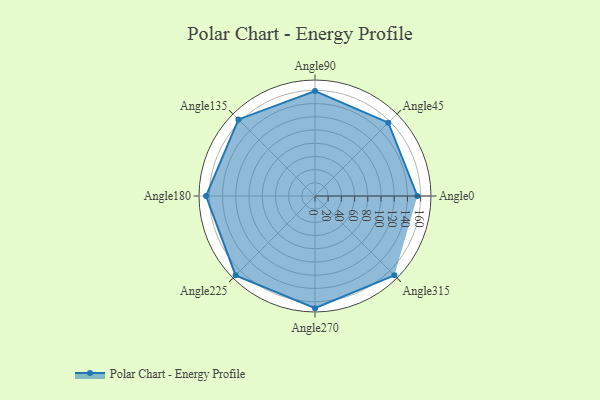
{"axis": {"x": "Angle", "y": "Radius"}, "legend": [""], "data": [{"x": "Angle0", "y": 155.0, "type": ""}, {"x": "Angle45", "y": 157.0, "type": ""}, {"x": "Angle90", "y": 159.0, "type": ""}, {"x": "Angle135", "y": 164.0, "type": ""}, {"x": "Angle180", "y": 165.0, "type": ""}, {"x": "Angle225", "y": 170, "type": ""}, {"x": "Angle270", "y": 170, "type": ""}, {"x": "Angle315", "y": 170, "type": ""}]}